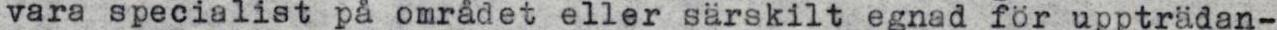
vara specialist på området eller särskilt egnad för uppträdan-